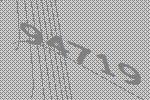
94719